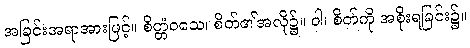
အခြင်းအရာအားဖြင့်။ စိတ္တံဝသေ၊ စိတ်၏အလို၌။ ဝါ၊ စိတ်ကို အစိုးရခြင်း၌။